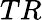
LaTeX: TR